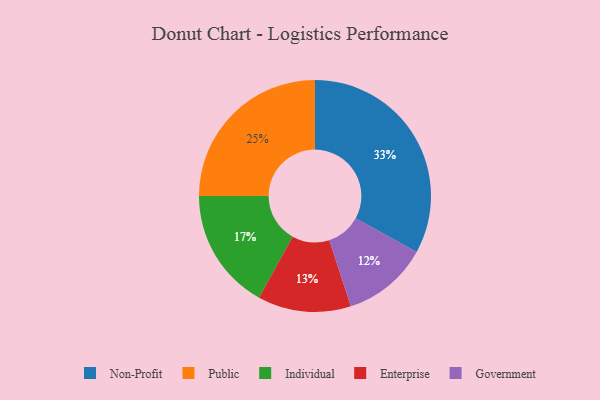
{"axis": {"x": "Category", "y": "Percentage"}, "legend": ["Enterprise", "Government", "Individual", "Non-Profit", "Public"], "data": [{"x": "Public", "y": 25, "type": "Public"}, {"x": "Individual", "y": 17, "type": "Individual"}, {"x": "Enterprise", "y": 13, "type": "Enterprise"}, {"x": "Government", "y": 12, "type": "Government"}, {"x": "Non-Profit", "y": 33, "type": "Non-Profit"}]}